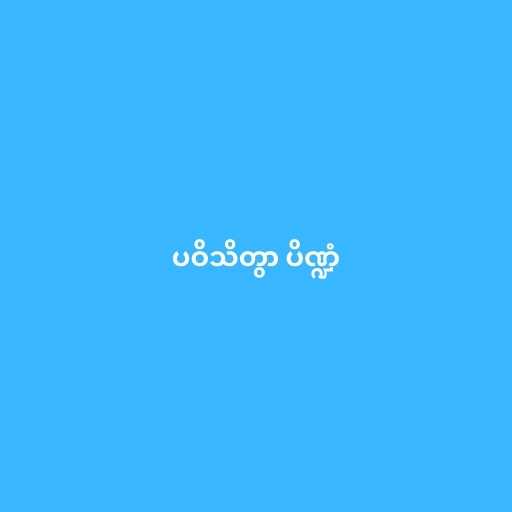
ပဝိသိတွာ ပိဏ္ဍံ